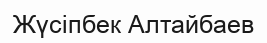
Жүсіпбек Алтайбаев